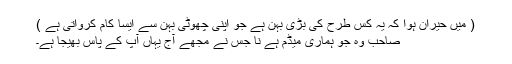
( میں حیران ہوا کہ یہ کس طرح کی بڑی بہن ہے جو اپنی چھوٹی بہن سے ایسا کام کرواتی ہے )
صاحب وہ جو ہماری میڈم ہے نا جس نے مجھے آج یہاں آپ کے پاس بھیجا ہے۔